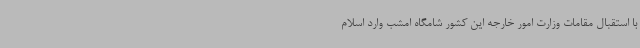
با استقبال مقامات وزارت امور خارجه این کشور شامگاه امشب وارد اسلام